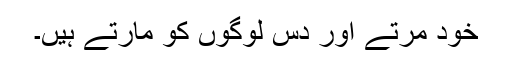
خود مرتے اور دس لوگوں کو مارتے ہیں۔